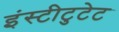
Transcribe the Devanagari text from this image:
इंस्टीटुटेट